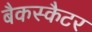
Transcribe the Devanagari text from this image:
बैकस्कैटर